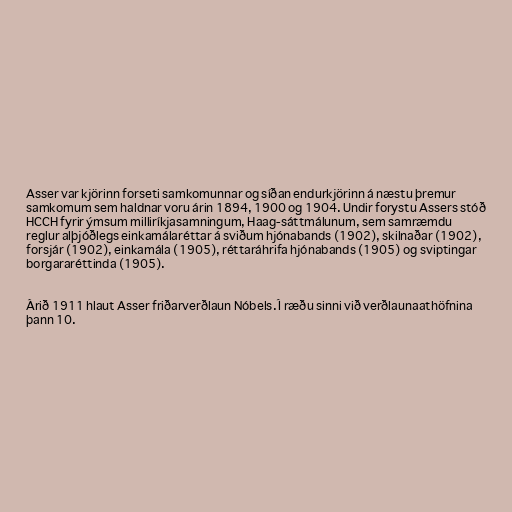
Asser var kjörinn forseti samkomunnar og síðan endurkjörinn á næstu þremur
samkomum sem haldnar voru árin 1894, 1900 og 1904. Undir forystu Assers stóð
HCCH fyrir ýmsum milliríkjasamningum, Haag-sáttmálunum, sem samræmdu
reglur alþjóðlegs einkamálaréttar á sviðum hjónabands (1902), skilnaðar (1902),
forsjár (1902), einkamála (1905), réttaráhrifa hjónabands (1905) og sviptingar
borgararéttinda (1905).

Árið 1911 hlaut Asser friðarverðlaun Nóbels. Í ræðu sinni við verðlaunaathöfnina
þann 10.